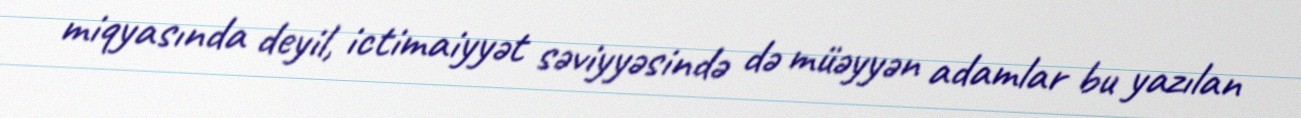
miqyasında deyil, ictimaiyyət səviyyəsində də müəyyən adamlar bu yazılan